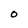
Character: O